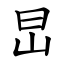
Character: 旵